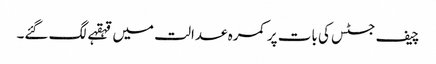
چیف جسٹس کی بات پر کمرہ عدالت میں قہقہے لگ گئے۔